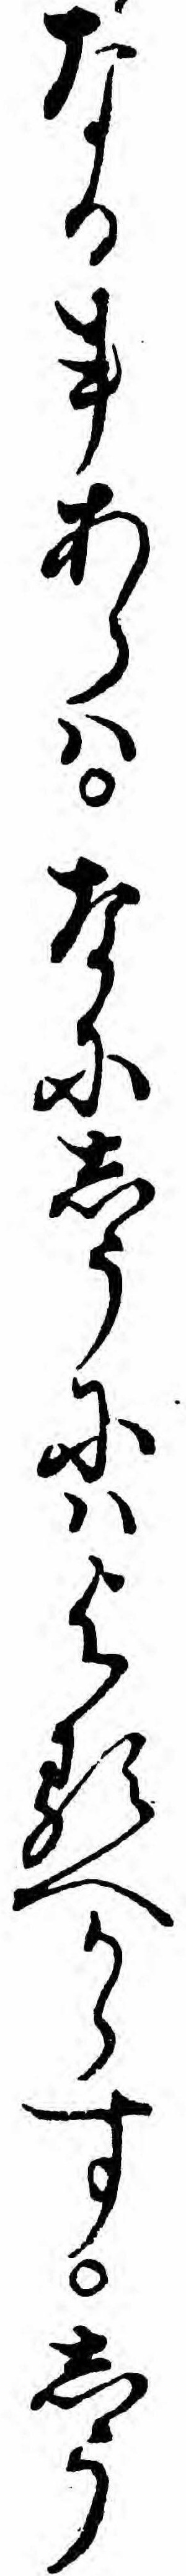
なる事あらハなにしうにハよるへからすしう